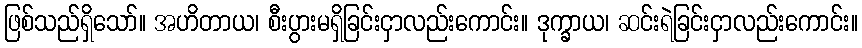
ဖြစ်သည်ရှိသော်။ အဟိတာယ၊ စီးပွားမရှိခြင်းငှာလည်းကောင်း။ ဒုက္ခာယ၊ ဆင်းရဲခြင်းငှာလည်းကောင်း။